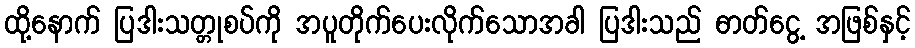
ထို့နောက် ပြဒါးသတ္တုစပ်ကို အပူတိုက်ပေးလိုက်သောအခါ ပြဒါးသည် ဓာတ်ငွေ့ အဖြစ်နှင့်